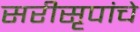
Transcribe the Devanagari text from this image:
सरीसृपांचे